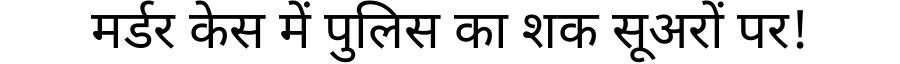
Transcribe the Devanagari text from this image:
मर्डर केस में पुलिस का शक सूअरों पर!